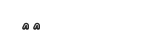
٤٥